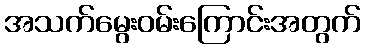
အသက်မွေးဝမ်းကြောင်းအတွက်